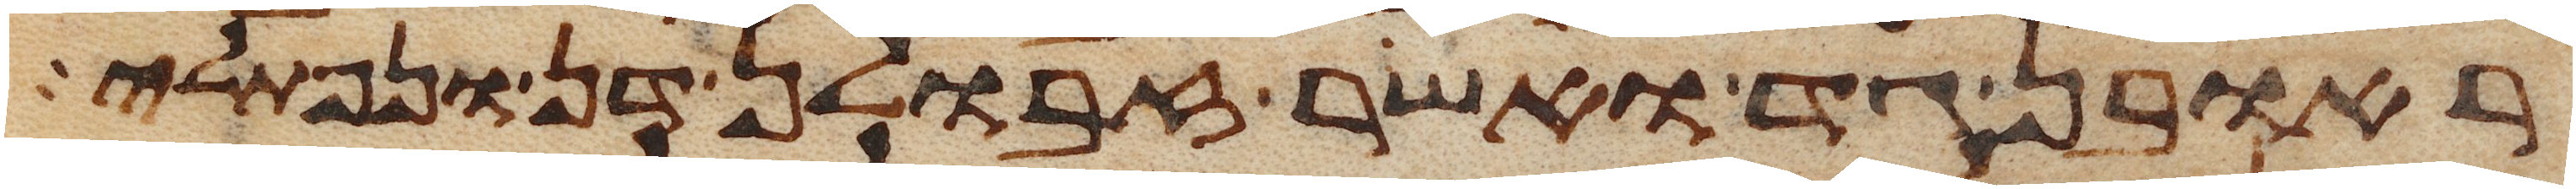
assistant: ראובן גד ואשר זבולן דן ונפתלי